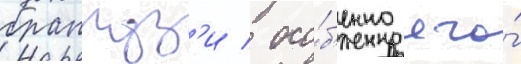
бранкуз'и / осо́б'енно его́